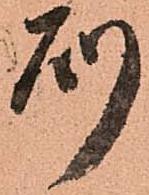
則